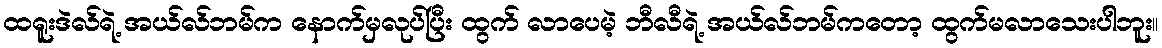
ထရူးဒဲလ်ရဲ့ အယ်လ်ဘမ်က နောက်မှလုပ်ပြီး ထွက် လာပေမဲ့ ဘီလီရဲ့ အယ်လ်ဘမ်ကတော့ ထွက်မလာသေးပါဘူး။